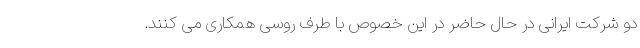
دو شرکت ایرانی در حال حاضر در این خصوص با طرف روسی همکاری می کنند.